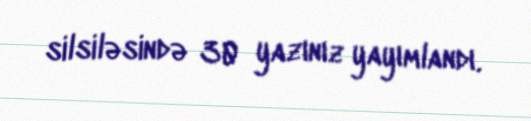
silsiləsində 30 yazınız yayımlandı.